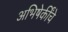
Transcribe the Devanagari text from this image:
अभिषेकींचे